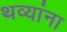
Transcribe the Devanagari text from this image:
थव्यांना